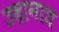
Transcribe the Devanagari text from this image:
उदानात